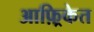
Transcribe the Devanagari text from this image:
आफ़्रिकेत